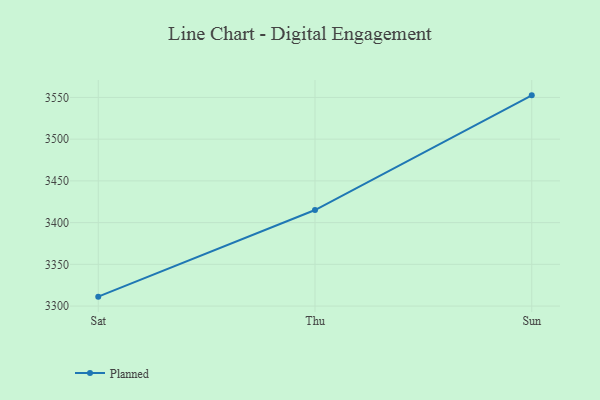
{"axis": {"x": "Day", "y": "Headcount"}, "legend": ["Planned"], "data": [{"x": "Sat", "y": 3311.3, "type": "Planned"}, {"x": "Thu", "y": 3415.1, "type": "Planned"}, {"x": "Sun", "y": 3552.5, "type": "Planned"}]}